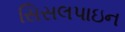
સિસલપાઇન